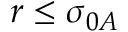
r \le \sigma _ { 0 A }